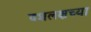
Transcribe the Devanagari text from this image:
दशलक्षच्या